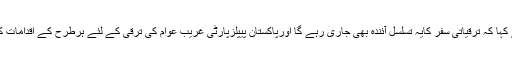
انہوں نے کہا کہ ترقیاتی سفر کایہ تسلسل آئندہ بھی جاری رہے گا اورپاکستان پیپلزپارٹی غریب عوام کی ترقی کے لئے ہرطرح کے اقدامات کرے گی۔